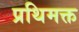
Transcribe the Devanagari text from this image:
प्रथिमक्त